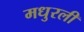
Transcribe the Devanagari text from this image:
मधुरली